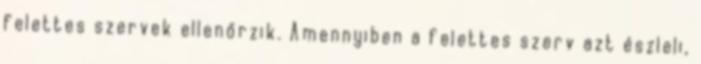
felettes szervek ellenőrzik. Amennyiben a felettes szerv azt észleli,